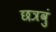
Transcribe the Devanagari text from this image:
छत्रवुं